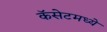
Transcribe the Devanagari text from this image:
कॅसेटमध्ये